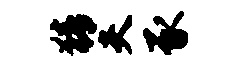
猜夫豕